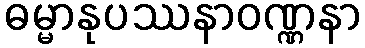
ဓမ္မာနုပဿနာဝဏ္ဏနာ